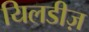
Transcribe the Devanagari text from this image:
यिलडीज़